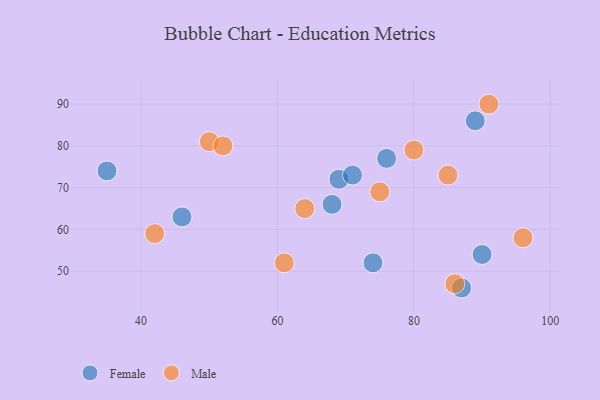
{"axis": {"x": "GDP", "y": "Life Expectancy"}, "legend": ["Female", "Male"], "data": [{"x": "68", "y": 66, "type": "Female"}, {"x": "69", "y": 72, "type": "Female"}, {"x": "89", "y": 86, "type": "Female"}, {"x": "46", "y": 63, "type": "Female"}, {"x": "76", "y": 77, "type": "Female"}, {"x": "87", "y": 46, "type": "Female"}, {"x": "90", "y": 54, "type": "Female"}, {"x": "71", "y": 73, "type": "Female"}, {"x": "74", "y": 52, "type": "Female"}, {"x": "35", "y": 74, "type": "Female"}, {"x": "61", "y": 52, "type": "Male"}, {"x": "91", "y": 90, "type": "Male"}, {"x": "50", "y": 81, "type": "Male"}, {"x": "64", "y": 65, "type": "Male"}, {"x": "86", "y": 47, "type": "Male"}, {"x": "42", "y": 59, "type": "Male"}, {"x": "52", "y": 80, "type": "Male"}, {"x": "80", "y": 79, "type": "Male"}, {"x": "85", "y": 73, "type": "Male"}, {"x": "75", "y": 69, "type": "Male"}, {"x": "96", "y": 58, "type": "Male"}]}